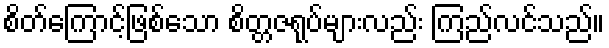
စိတ်ကြောင့်ဖြစ်သော စိတ္တဇရုပ်များလည်း ကြည်လင်သည်။